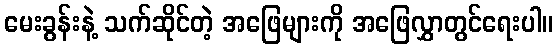
မေးခွန်းနဲ့ သက်ဆိုင်တဲ့ အဖြေများကို အဖြေလွှာတွင်ရေးပါ။